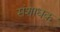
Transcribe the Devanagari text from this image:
संशाधक